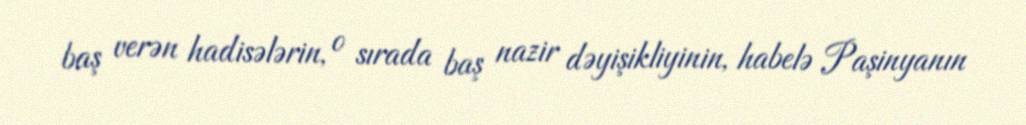
baş verən hadisələrin, o sırada baş nazir dəyişikliyinin, habelə Paşinyanın